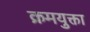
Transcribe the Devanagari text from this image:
क्रमयुक्ता